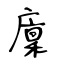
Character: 廩